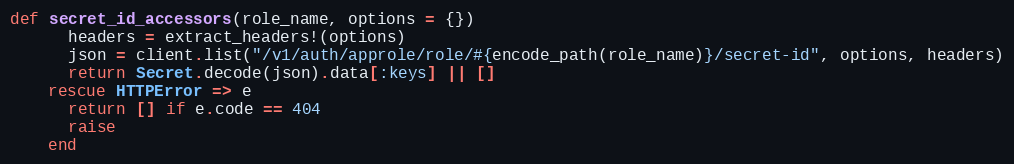
Language: Ruby
def secret_id_accessors(role_name, options = {})
      headers = extract_headers!(options)
      json = client.list("/v1/auth/approle/role/#{encode_path(role_name)}/secret-id", options, headers)
      return Secret.decode(json).data[:keys] || []
    rescue HTTPError => e
      return [] if e.code == 404
      raise
    end